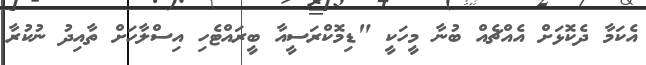
އެކަމާ ދެކޮޅަށް އެއްޗެއް ބުނާ މީހަކީ "ޑިމޮކްރަސީއާ ބީރައްޓެހި އިސްލާހަށް ތާއިދު ނުކުރާ